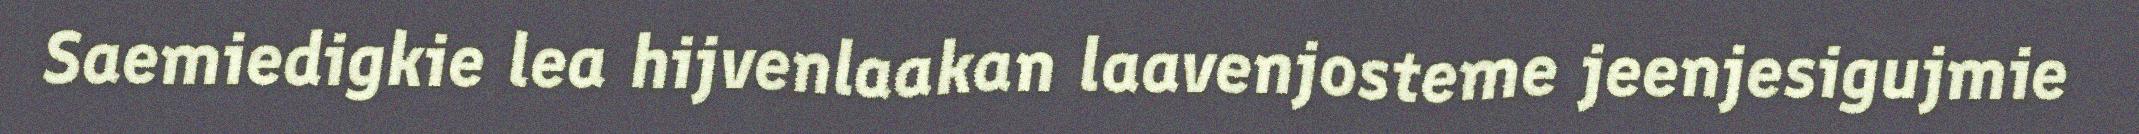
Saemiedigkie lea hijvenlaakan laavenjosteme jeenjesigujmie